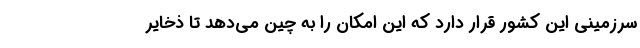
سرزمینی این کشور قرار دارد که این امکان را به چین می‌دهد تا ذخایر